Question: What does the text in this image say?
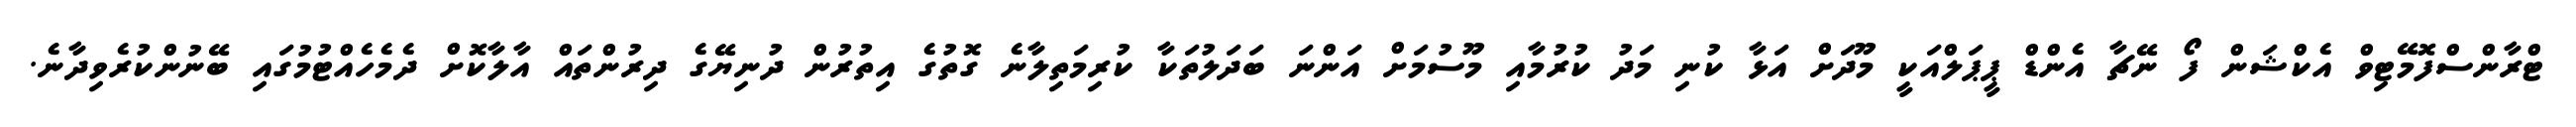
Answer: ޓްރާންސްފޮމޭޓިވް އެކްޝަން ފޯ ނޭޗާ އެންޑް ޕީޕަލްއަކީ މޫދަށް އަޅާ ކުނި މަދު ކުރުމާއި މޫސުމަށް އަންނަ ބަދަލުތަކާ ކުރިމަތިލާނެ ގޮތުގެ އިތުރުން ދުނިޔޭގެ ދިރުންތައް އާލާކޮށް ދެމެހެއްޓުމުގައި ބޭނުންކުރެވިދާނެ.